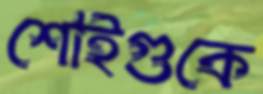
শোইগুকে